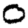
Digit: 0